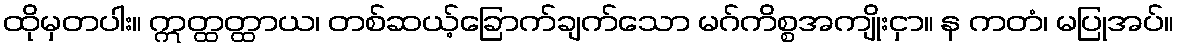
ထိုမှတပါး။ ဣတ္ထတ္ထာယ၊ တစ်ဆယ့်ခြောက်ချက်သော မဂ်ကိစ္စအကျိုးငှာ။ န ကတံ၊ မပြုအပ်။